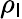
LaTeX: \rho_{\mathsf{l}}